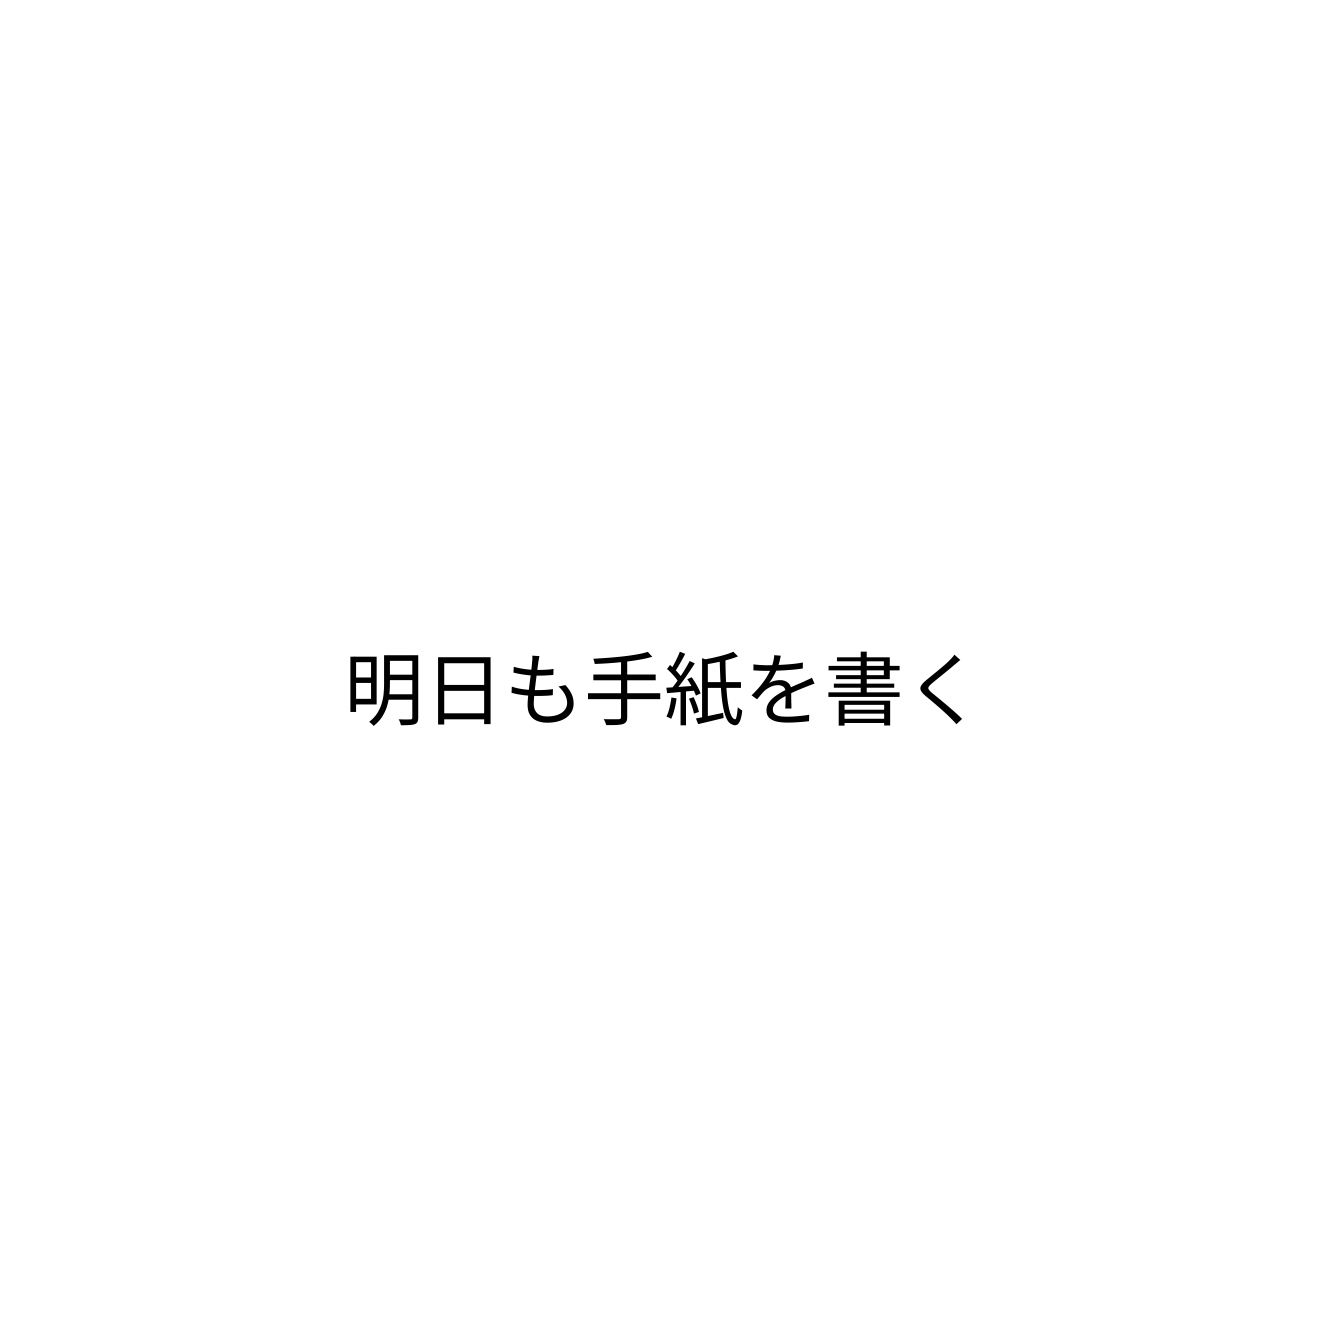
明日も手紙を書く